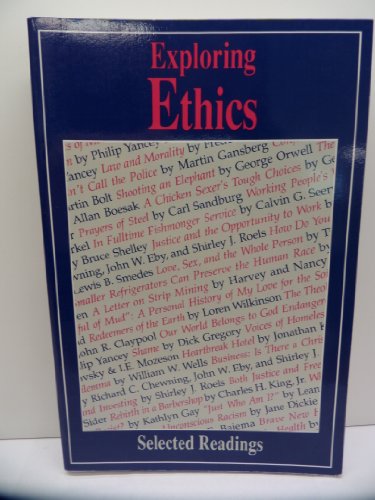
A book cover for Exploring Ethics; Lewis B. Smedes C. S. Lew Philip Yancey; Teen & Young Adult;